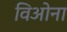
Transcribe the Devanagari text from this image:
विओना